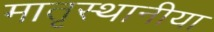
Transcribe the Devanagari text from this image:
मातृस्थानीया